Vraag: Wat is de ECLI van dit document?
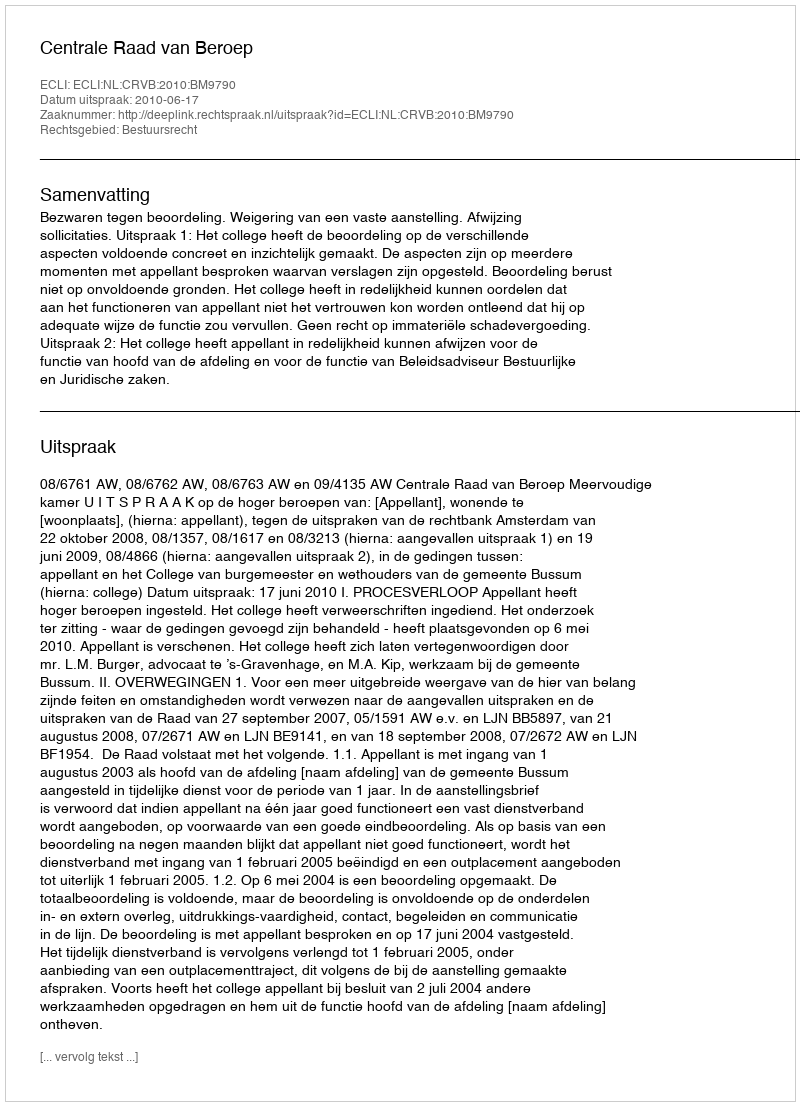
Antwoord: ECLI:NL:CRVB:2010:BM9790